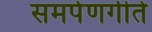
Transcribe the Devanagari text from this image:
समर्पणगीते